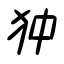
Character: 狆